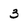
Character: 3